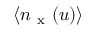
\langle n _ { \mathrm { ~ x ~ } } ( u ) \rangle